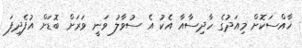
ޚާއްސަކޮށް މިއަދުގެ ހާދިސާއާ އެކު އެ ސުވާލު ވަނީ ވަރަށް ބޮޑަށް އުފެދިފަ